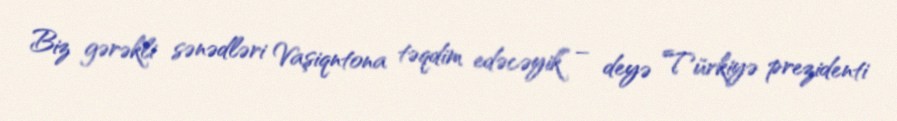
Biz gərəkli sənədləri Vaşiqntona təqdim edəcəyik” – deyə Türkiyə prezidenti